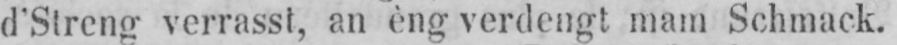
d’Streng verrasst, an èng verdengt mam Schmack.